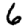
Digit: 6